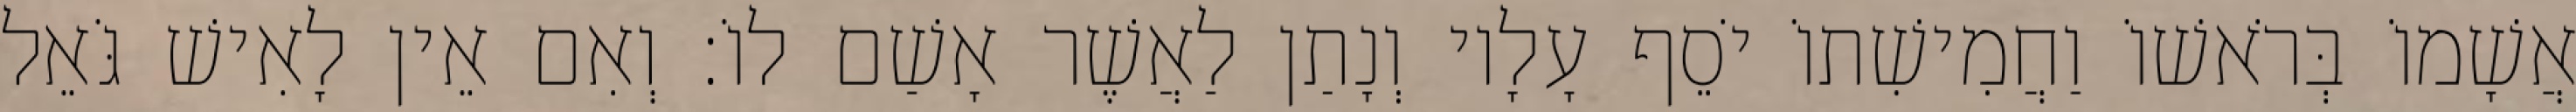
אֲשָׁמוֹ בְּרֹאשׁוֹ וַחֲמִישִׁתוֹ יֹסֵף עָלָיו וְנָתַן לַאֲשֶׁר אָשַׁם לוֹ׃ וְאִם אֵין לָאִישׁ גֹּאֵל